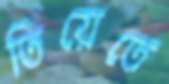
তিয়েতে